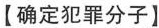
【确定犯罪分子】